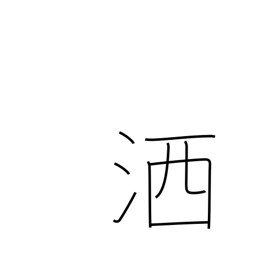
Meaning: wash